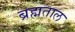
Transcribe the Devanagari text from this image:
ब्रह्मताल